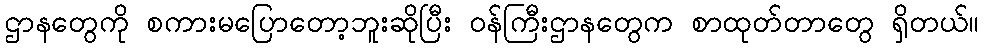
ဌာနတွေကို စကားမပြောတော့ဘူးဆိုပြီး ဝန်ကြီးဌာနတွေက စာထုတ်တာတွေ ရှိတယ်။